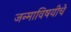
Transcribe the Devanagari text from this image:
जन्माविषयीचे